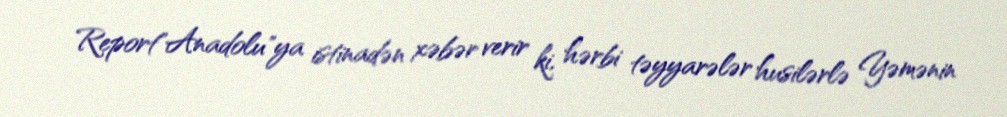
Report"Anadolu"ya istinadən xəbər verir ki, hərbi təyyarələr husilərlə Yəmənin